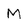
Character: M